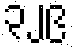
၃၂၉